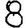
Digit: 8